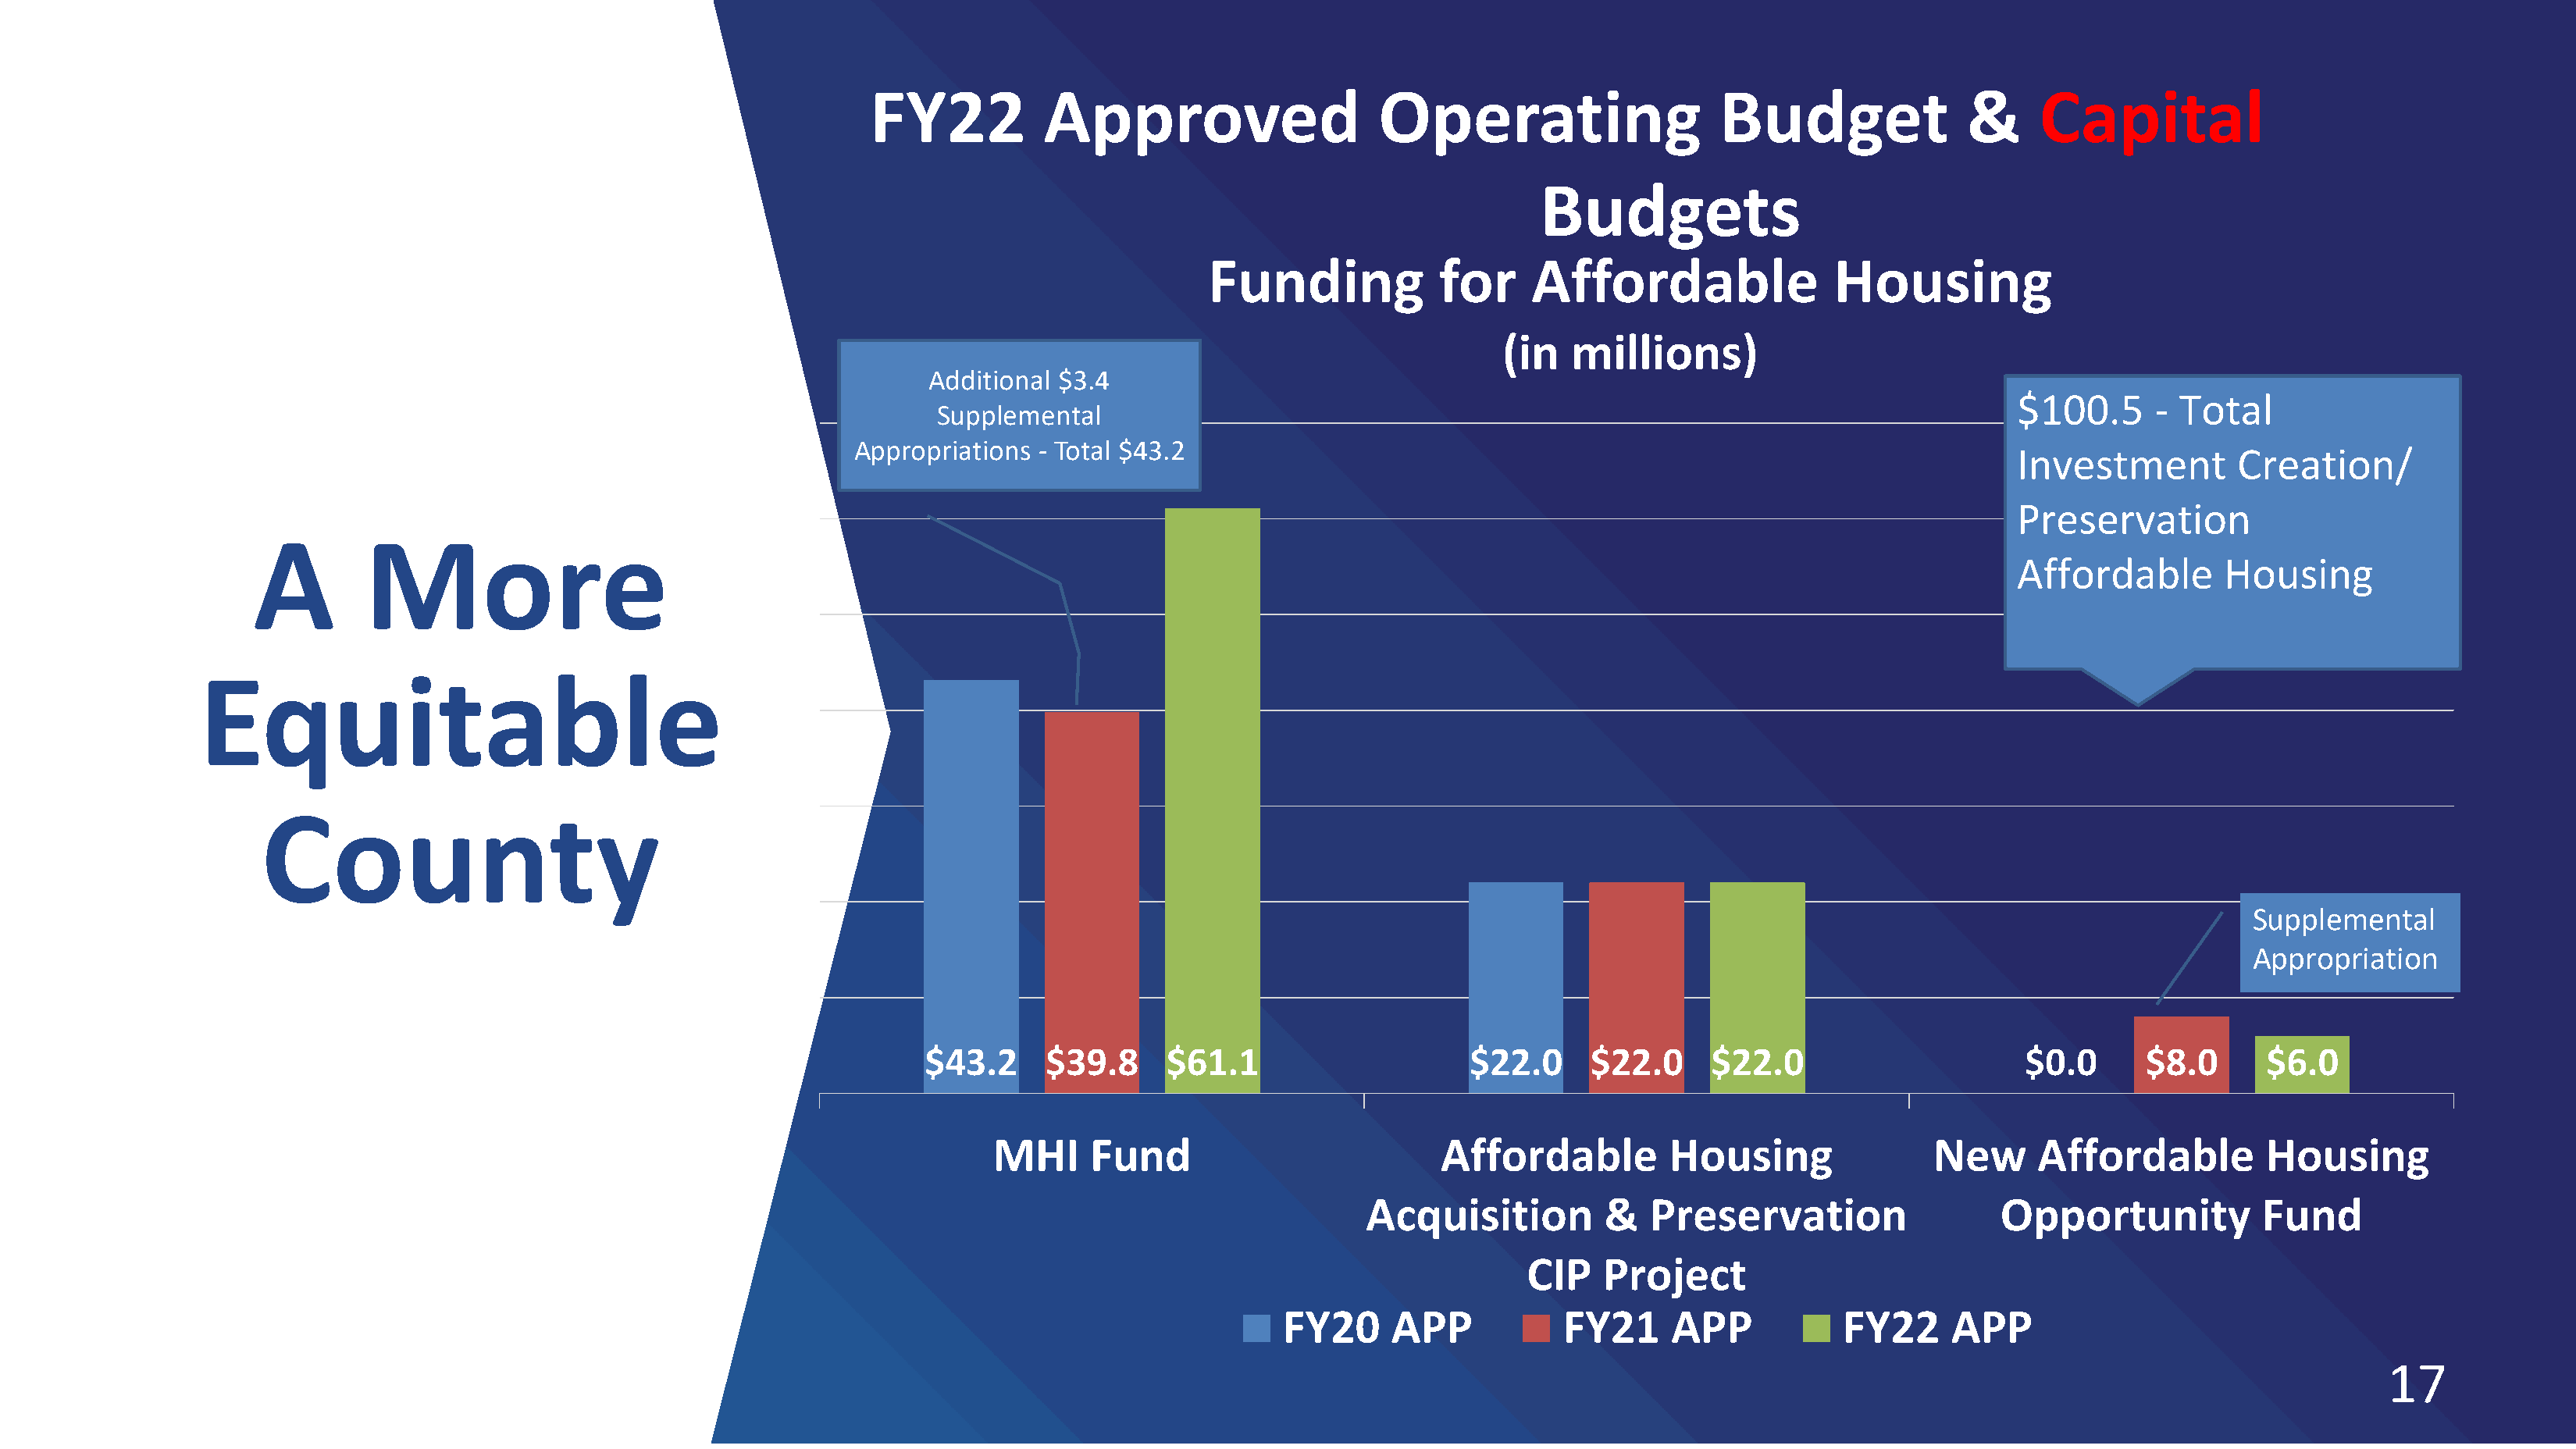
FY22          Approved                     Operating                    Budget               &     Capital
 Budgets
 Funding             for     Affordable               Housing
 (in   millions)
 Additional $3.4
 $100.5      - Total
 Supplemental
 Appropriations  - Total $43.2
 Investment         Creation/
 Preservation
 A         More
 Affordable        Housing
 Equitable
 County
 Supplemental
 Appropriation
 $43.2      $39.8     $61.1                     $22.0     $22.0     $22.0                      $0.0      $8.0      $6.0
 MHI     Fund                          Affordable         Housing                New      Affordable         Housing
 Acquisition         &   Preservation                  Opportunity           Fund
 CIP    Project
 FY20     APP           FY21      APP           FY22     APP
 17